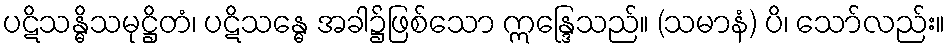
ပဋိသန္ဓိသမုဋ္ဌိတံ၊ ပဋိသန္ဓေ အခါ၌ဖြစ်သော ဣန္ဒြေသည်။ (သမာနံ) ပိ၊ သော်လည်း။